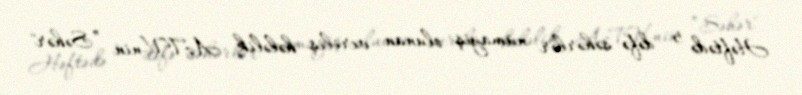
Həftədə 5 dəfə səhərlər nümayiş olunan veriliş hələlik AzTV-nin ”Səhər"